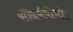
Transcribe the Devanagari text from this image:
सौंदर्यबोधी